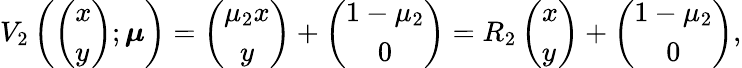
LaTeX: V_{2}\left(\left(\begin{array}{l}{x}\\ {y}\end{array}\right);\boldsymbol{\mu}\right)=\left(\begin{array}{c}{\mu_{2}x}\\ {y}\end{array}\right)+\left(\begin{array}{c}{1-\mu_{2}}\\ {0}\end{array}\right)=R_{2}\left(\begin{array}{l}{x}\\ {y}\end{array}\right)+\left(\begin{array}{c}{1-\mu_{2}}\\ {0}\end{array}\right),